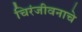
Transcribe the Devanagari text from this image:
चिरंजीवनाचे